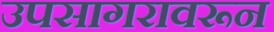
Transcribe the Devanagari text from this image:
उपसागरावरून